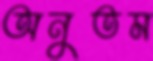
অনুতম